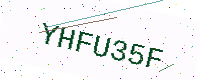
Text: YHFU35F